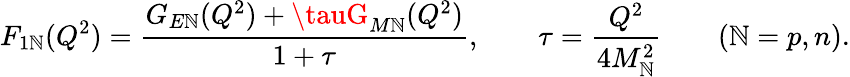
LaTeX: F_{1\mathbb{N}}(Q^{2})=\frac{{G_{E\mathbb{N}}(Q^{2})+\tauG_{M\mathbb{N}}(Q^{2})}}{{1+\tau}},\qquad\tau=\frac{{Q^{2}}}{{4M_{\mathbb{N}}^{2}}}\qquad(\mathbb{N}=p,n).